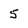
Character: 5